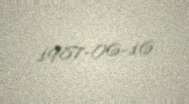
1987-06-16